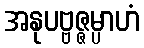
အနုပဗ္ဗဇ္ဇမ္ပာဟံ